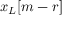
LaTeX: x _ { L } [ m - r ]